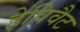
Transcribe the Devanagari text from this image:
हेविवैट